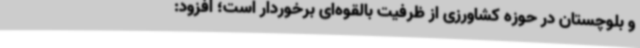
و بلوچستان در حوزه کشاورزی از ظرفیت بالقوه‌ای برخوردار است؛ افزود: